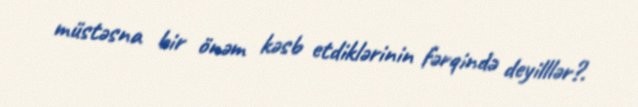
müstəsna bir önəm kəsb etdiklərinin fərqində deyilllər?.